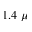
1 . 4 ~ \mu